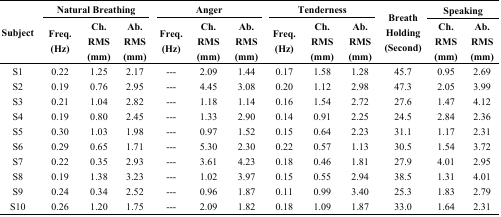
<table><thead><tr><td rowspan="2"><b>Subject</b></td><td colspan="3"><b>Natural Breathing</b></td><td colspan="3"><b>Anger</b></td><td colspan="3"><b>Tenderness</b></td><td rowspan="2"><b>Breath Holding (Second)</b></td><td colspan="2"><b>Speaking</b></td></tr><tr><td><b>Freq. (Hz)</b></td><td><b>Ch. RMS (mm) </b></td><td><b>Ab. RMS (mm)</b></td><td><b>Freq. (Hz)</b></td><td><b>Ch. RMS (mm)</b></td><td><b>Ab. RMS (mm)</b></td><td><b>Freq. (Hz)</b></td><td><b>Ch. RMS (mm)</b></td><td><b>Ab. RMS (mm)</b></td><td><b>Ch. RMS (mm)</b></td><td><b>Ab. RMS (mm)</b></td></tr></thead><tbody><tr><td>S1</td><td>0.22</td><td>1.25</td><td>2.17</td><td>---</td><td>2.09</td><td>1.44</td><td>0.17</td><td>1.58</td><td>1.28</td><td>45.7</td><td>0.95</td><td>2.69</td></tr><tr><td>S2</td><td>0.19</td><td>0.76</td><td>2.95</td><td>---</td><td>4.45</td><td>3.08</td><td>0.20</td><td>1.12</td><td>2.98</td><td>47.3</td><td>2.05</td><td>3.99</td></tr><tr><td>S3</td><td>0.21</td><td>1.04</td><td>2.82</td><td>---</td><td>1.18</td><td>1.14</td><td>0.16</td><td>1.54</td><td>2.72</td><td>27.6</td><td>1.47</td><td>4.12</td></tr><tr><td>S4</td><td>0.19</td><td>0.80</td><td>2.45</td><td>--- </td><td>1.33</td><td>2.90</td><td>0.14</td><td>0.91</td><td>2.25</td><td>24.5</td><td>2.84</td><td>2.36</td></tr><tr><td>S5</td><td>0.30</td><td>1.03</td><td>1.98</td><td>---</td><td>0.97</td><td>1.52</td><td>0.15</td><td>0.64</td><td>2.23</td><td>31.1</td><td>1.17</td><td>2.31</td></tr><tr><td>S6</td><td>0.29</td><td>0.65</td><td>1.71</td><td>---</td><td>5.30</td><td>2.30</td><td>0.22</td><td>0.57</td><td>1.13</td><td>30.5</td><td>1.54</td><td>3.72</td></tr><tr><td>S7</td><td>0.22</td><td>0.35</td><td>2.93</td><td>---</td><td>3.61</td><td>4.23</td><td>0.18</td><td>0.46</td><td>1.81</td><td>27.9</td><td>4.01</td><td>2.95</td></tr><tr><td>S8</td><td>0.19</td><td>1.38</td><td>3.23</td><td>---</td><td>1.02</td><td>3.97</td><td>0.15</td><td>0.55</td><td>2.94</td><td>38.5</td><td>1.31</td><td>4.01</td></tr><tr><td>S9</td><td>0.24</td><td>0.34</td><td>2.52</td><td>---</td><td>0.96</td><td>1.87</td><td>0.11</td><td>0.99</td><td>3.40</td><td>25.3</td><td>1.83</td><td>2.79</td></tr><tr><td>S10</td><td>0.26</td><td>1.20</td><td>1.75</td><td>---</td><td>2.09</td><td>1.82</td><td>0.18</td><td>1.09</td><td>1.87</td><td>33.0</td><td>1.64</td><td>2.31</td></tr></tbody></table>